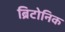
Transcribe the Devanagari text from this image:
ब्रिटोनिक